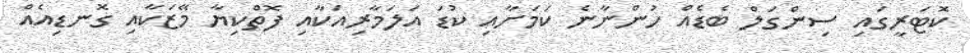
ކޮޓަރީގައި ސިންގަލް ބެޑެއް ހުންނާނެ ކަމަށާއި ކުޑަ އަލަމާރިއަކާއި ފޮތްކިޔާ މޭޒަކާއި ގޮނޑިއެއް